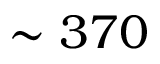
\sim 3 7 0